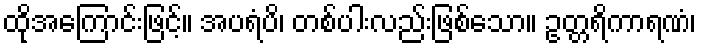
ထိုအကြောင်းဖြင့်။ အပရံပိ၊ တစ်ပါးလည်းဖြစ်သော။ ဥတ္တရိကာရဏံ၊